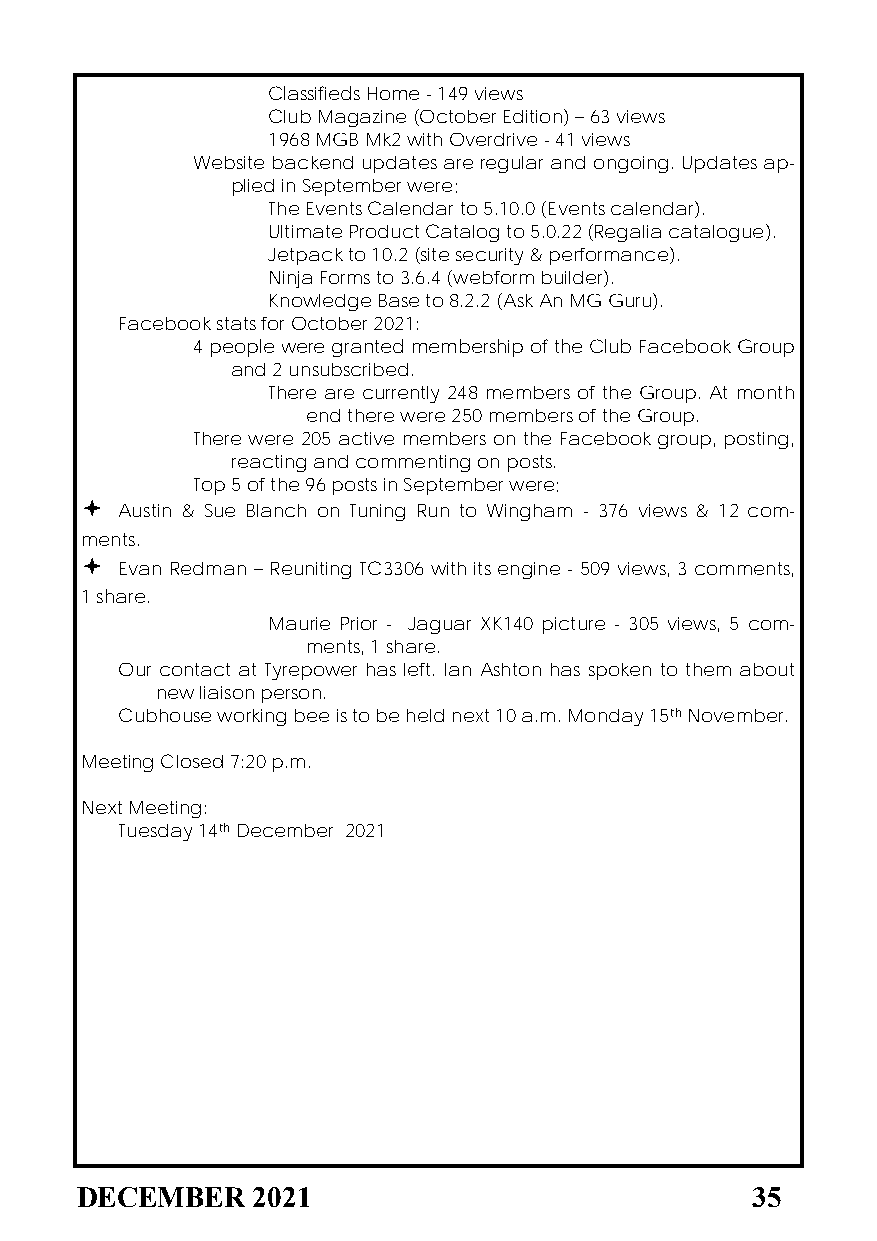
Classifieds Home - 149 views
 Club Magazine (October Edition) – 63 views
 1968 MGB Mk2 with Overdrive - 41 views
 Website backend updates are regular and ongoing. Updates ap-
 plied in September were;
 The Events Calendar to 5.10.0 (Events calendar).
 Ultimate Product Catalog to 5.0.22 (Regalia catalogue).
 Jetpack to 10.2 (site security & performance).
 Ninja Forms to 3.6.4 (webform builder).
 Knowledge Base to 8.2.2 (Ask An MG Guru).
 Facebook stats for October 2021:
 4 people were granted membership of the Club Facebook Group
 and 2 unsubscribed.
 There are currently 248 members of the Group. At month
 end there were 250 members of the Group.
 There were 205 active members on the Facebook group, posting,
 reacting and commenting on posts.
 Top 5 of the 96 posts in September were;
   Austin & Sue Blanch on Tuning Run to Wingham - 376 views & 12 com-
 ments.
   Evan Redman – Reuniting TC3306 with its engine - 509 views, 3 comments,
 1 share.
 Maurie Prior - Jaguar XK140 picture - 305 views, 5 com-
 ments, 1 share.
 Our contact at Tyrepower has left. Ian Ashton has spoken to them about
 new liaison person.
 Cubhouse working bee is to be held next 10 a.m. Monday 15th November.
 Meeting Closed 7:20 p.m.
 Next Meeting:
 Tuesday 14th December 2021
 DECEMBER    2021                             35